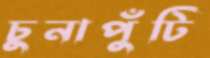
চুনাপুঁটি